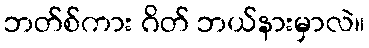
ဘတ်စ်ကား ဂိတ် ဘယ်နားမှာလဲ။